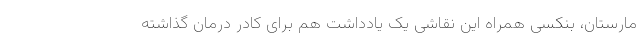
مارستان، بنکسی همراه این نقاشی یک یادداشت هم برای کادر درمان گذاشته